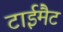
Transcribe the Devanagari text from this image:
टाईमैट